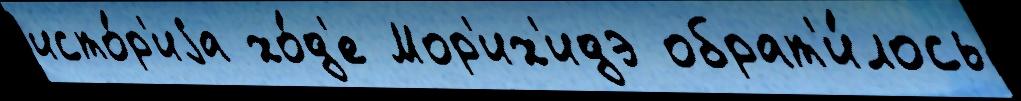
исто́р'иjа хо́д'е Мор'их'идэ обрат'и́лось